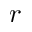
r